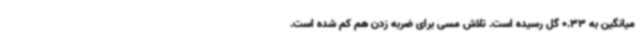
میانگین به 0.33 گل رسیده است. تلاش مسی برای ضربه زدن هم کم شده است.